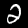
Digit: 2